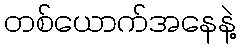
တစ်ယောက်အနေနဲ့